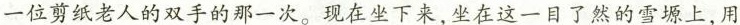
一位剪纸老人的双手的那一次。现在坐下来，坐在这一目了然的雪塬上，用